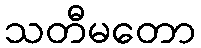
သတီမတော